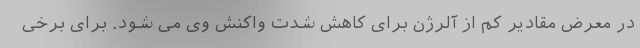
در معرض مقادیر کم از آلرژن برای کاهش شدت واکنش وی می شود. برای برخی